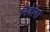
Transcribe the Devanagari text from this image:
निर्देाषा